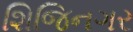
શિજિનગર